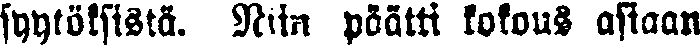
syytöksistä. Niin päätti kokous asiaan